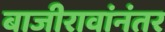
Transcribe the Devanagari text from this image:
बाजीरावांनंतर